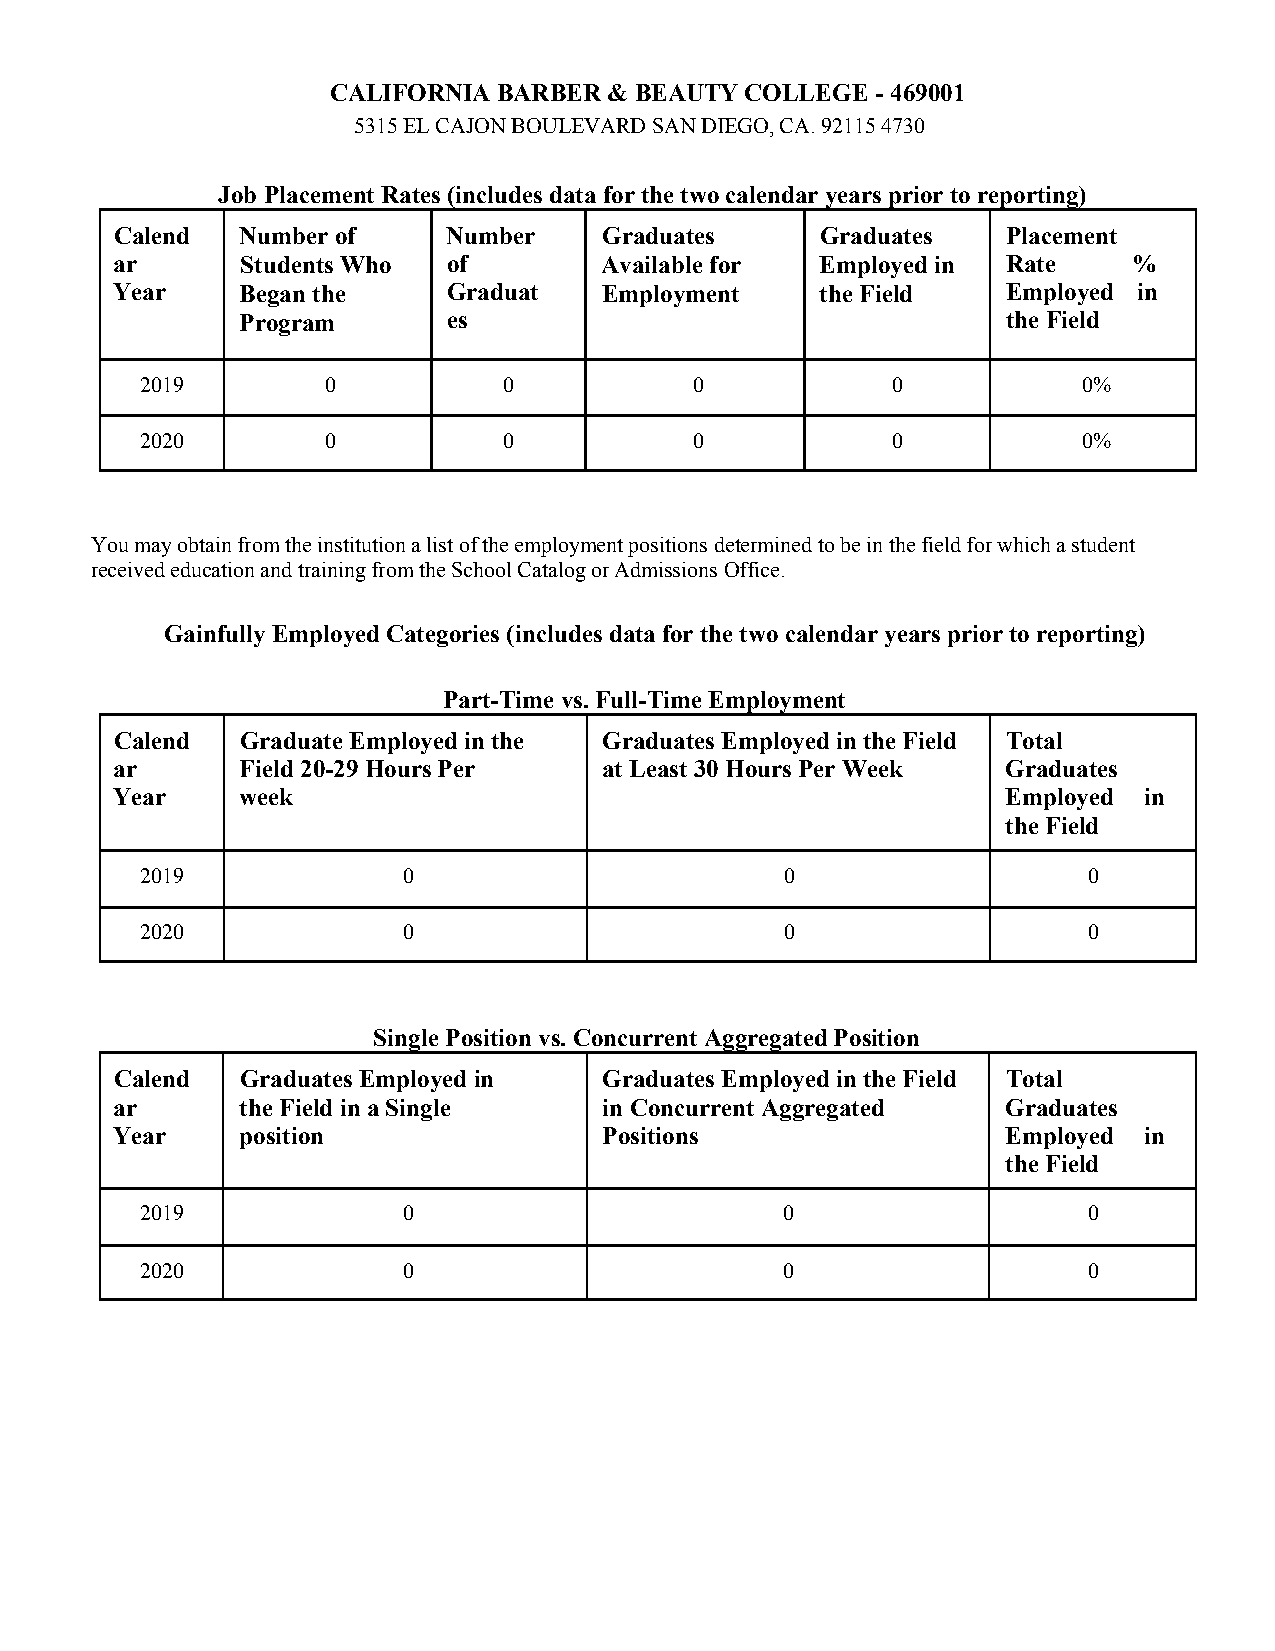
CALIFORNIA BARBER & BEAUTY COLLEGE  - 469001
 5315 EL CAJON BOULEVARD SAN DIEGO, CA. 92115 4730
 Job Placement Rates (includes data for the two calendar years prior to reporting)
 Calend  Number of     Number    Graduates     Graduates    Placement
 ar       Students Who  of        Available for Employed in  Rate    %
 Year     Began the     Graduat   Employment    the Field    Employed in
 Program       es                                   the Field
 2019        0           0            0            0            0%
 2020        0           0            0            0            0%
 You may obtain from the institution a list of the employment positions determined to be in the field for which a student
 received education and training from the School Catalog or Admissions Office.
 Gainfully Employed Categories (includes data for the two calendar years prior to reporting)
 Part-Time vs. Full-Time Employment
 Calend  Graduate Employed in the Graduates Employed in the Field Total
 ar       Field 20-29 Hours Per   at Least 30 Hours Per Week Graduates
 Year     week                                               Employed in
 the Field
 2019              0                        0                   0
 2020              0                        0                   0
 Single Position vs. Concurrent Aggregated Position
 Calend  Graduates Employed in   Graduates Employed in the Field Total
 ar       the Field in a Single   in Concurrent Aggregated   Graduates
 Year     position                Positions                  Employed in
 the Field
 2019              0                        0                   0
 2020              0                        0                   0